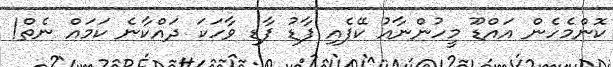
ކޮންމެހެން އައްޑޫ މީހުންނާއު ކޭފެއި ފާޑު ފާޑި ވާހަކަ ދައްކާނެ ކަމަައް ނެތް!